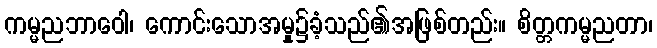
ကမ္မညဘာဝေါ၊ ကောင်းသောအမှု၌ခံ့သည်၏အဖြစ်တည်း။ စိတ္တကမ္မညတာ၊